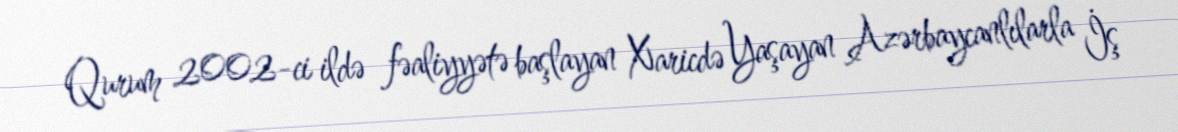
Qurum 2002-ci ildə fəaliyyətə başlayan Xaricdə Yaşayan Azərbaycanlılarla İş